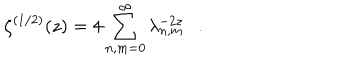
\zeta ^ { ( 1 / 2 ) } ( z ) = 4 \sum _ { n , m = 0 } ^ { \infty } \lambda _ { n , m } ^ { - 2 z } .